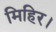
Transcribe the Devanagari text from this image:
मिहिर।